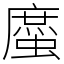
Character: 䗪